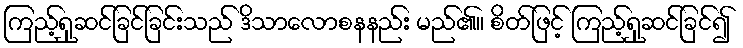
ကြည့်ရှုဆင်ခြင်ခြင်းသည် ဒိသာလောစနနည်း မည်၏။ စိတ်ဖြင့် ကြည့်ရှုဆင်ခြင်၍